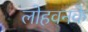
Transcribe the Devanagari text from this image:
लोहवनके